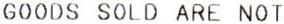
GOODS SOLD ARE NOT